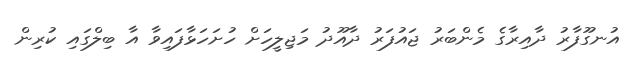
އުނގޫފާރު ދާއިރާގެ މެންބަރު ޖައުފަރު ދާއޫދު މަޖިލީހަށް ހުށަހަޅާފައިވާ އާ ބިލްގައި ކުރިން